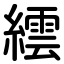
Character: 繧